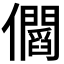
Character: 𠑑